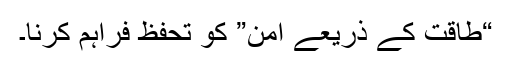
“طاقت کے ذریعے امن” کو تحفظ فراہم کرنا۔